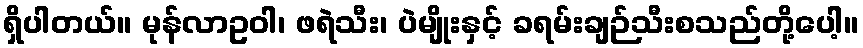
ရှိပါတယ်။ မုန်လာဥဝါ၊ ဖရဲသီး၊ ပဲမျိုးနှင့် ခရမ်းချဉ်သီးစသည်တို့ပေါ့။